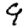
Digit: 9